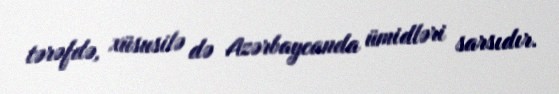
tərəfdə, xüsusilə də Azərbaycanda ümidləri sarsıdır.